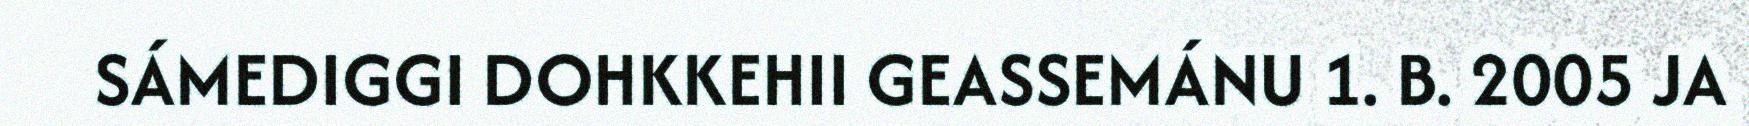
SÁMEDIGGI DOHKKEHII GEASSEMÁNU 1. B. 2005 JA